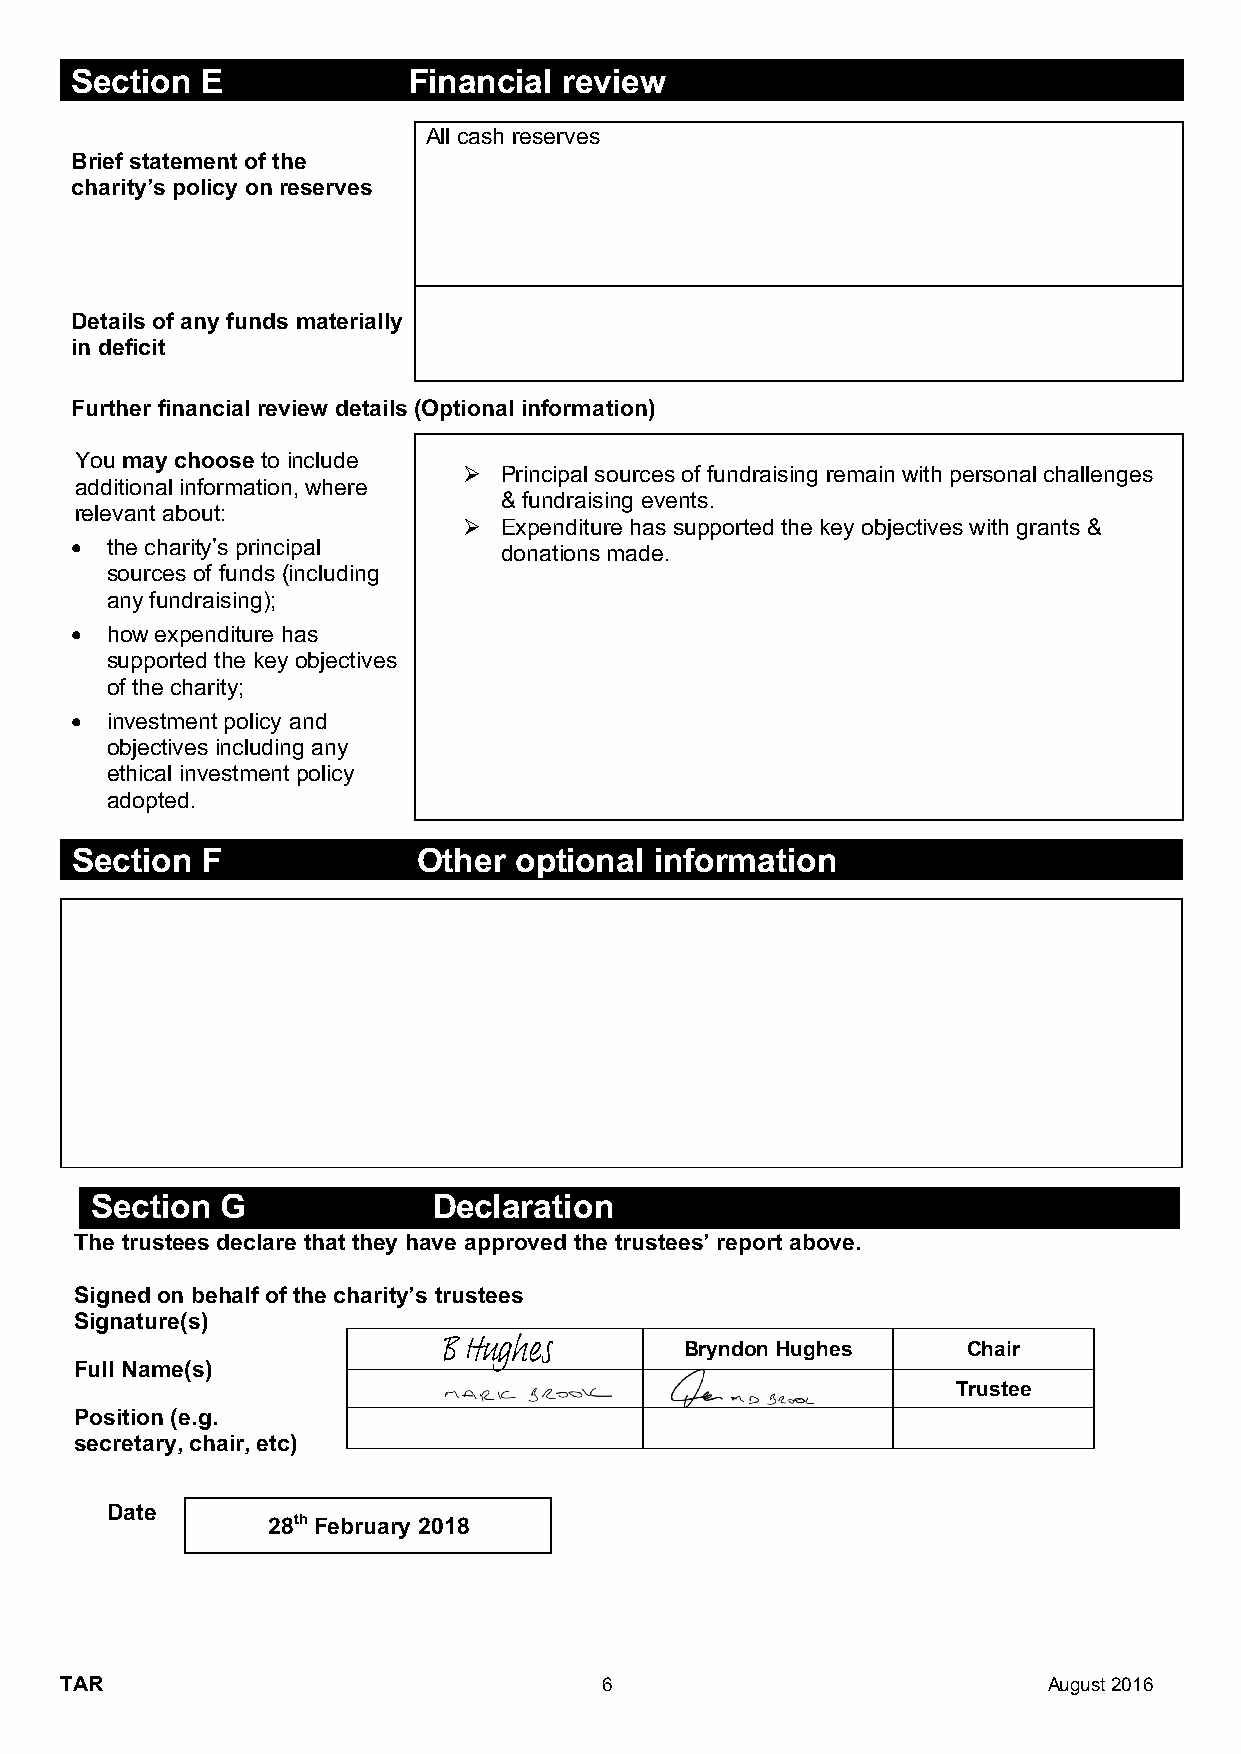
Section E             Financial review
 All cash reserves
 Brief statement of the
 charity’s policy on reserves
 Details of any funds materially
 in deficit
 Further financial review details (Optional information)
 You may choose to include
 Ø Principal sources of fundraising remain with personal challenges
 additional information, where
 & fundraising events.
 relevant about:
 Ø Expenditure has supported the key objectives with grants &
 • the charity’s principal
 donations made.
 sources of funds (including
 any fundraising);
 • how expenditure has
 supported the key objectives
 of the charity;
 • investment policy and
 objectives including any
 ethical investment policy
 adopted.
 Section F              Other optional information
 Section  G             Declaration
 The trustees declare that they have approved the trustees’ report above.
 Signed on behalf of the charity’s trustees
 Signature(s)
 B Hughes        Bryndon Hughes     Chair
 Full Name(s)
 Trustee
 Position (e.g.
 secretary, chair, etc)
 Date
 28th February 2018
 TAR                                 6                            August 2016